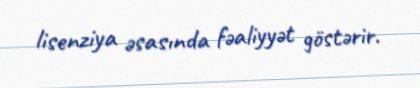
lisenziya əsasında fəaliyyət göstərir.